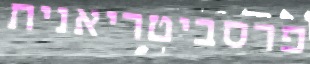
פרסביטריאנית